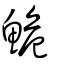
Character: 鮠